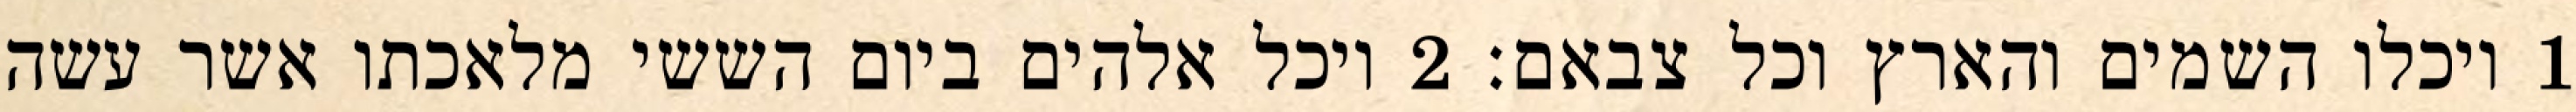
1 ויכלו השמים והארץ וכל צבאם׃ ‎2‏ ויכל אלהים ביום הששי מלאכתו אשר עשה